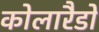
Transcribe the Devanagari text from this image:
कोलारैडो